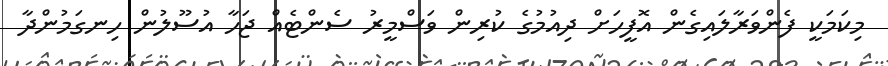
މިކަމަކީ ފެންވަރާލައިގެން އޮފީހަށް ދިއުމުގެ ކުރިން ވަސްމީރު ސެންޓެއް ޖަހާ އުސޫލުން ހިނގަމުންދާ